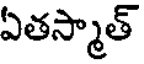
ఏతస్మాత్